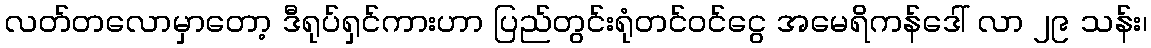
လတ်တလောမှာတော့ ဒီရုပ်ရှင်ကားဟာ ပြည်တွင်းရုံတင်ဝင်ငွေ အမေရိကန်ဒေါ် လာ ၂၉ သန်း၊